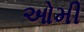
ઓમી